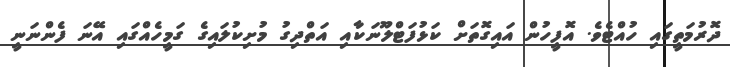
ދޮރުމަތީގައި ހުއްޓެވެ. އޮފީހުން އައިގޮތަށް ކަޅުފަޓްލޫނަކާއި އަތްދިގު މުށިކުލައިގެ ގަމީހެއްގައި އޭނަ ފެންނަނީ